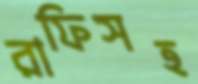
রাফিসহ